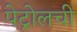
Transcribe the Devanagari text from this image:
पेट्रोलची